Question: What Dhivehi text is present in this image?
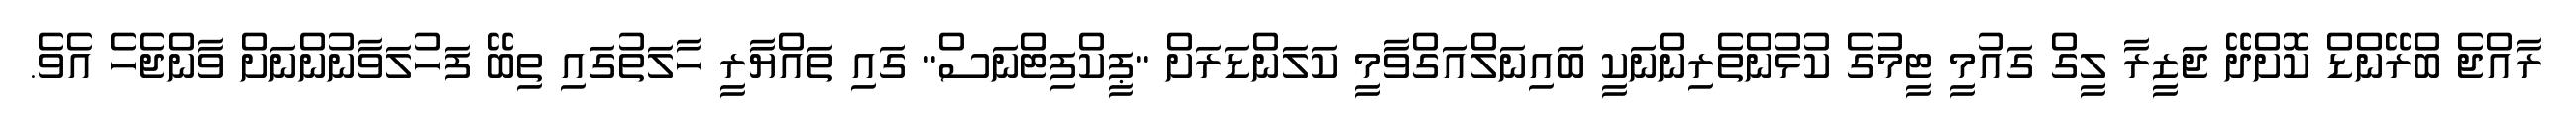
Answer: ރާއްޖެ ބްރޭންޑް ކޮށްދޭ ޖަޒީރާ ލީގް ގައުމީ ޓީމުގެ ކުޅުންތެރިންނަކީ ބައިނަލްއަގްވާމީ ކަލަންޑަރަށް "ޕީކްފިޓްނަސް" ގައި ތައްޔާރީ ހާލަތުގައި ތިބޭ ފަހުލަވާނުންނަށް ވާންޖެހެ އެވެ.